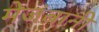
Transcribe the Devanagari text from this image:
मेजंबानी